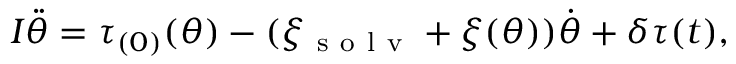
I \ddot { \theta } = \tau _ { ( 0 ) } ( \theta ) - ( \xi _ { \mathrm { ~ s ~ o ~ l ~ v ~ } } + \xi ( \theta ) ) \dot { \theta } + \delta \tau ( t ) ,